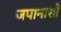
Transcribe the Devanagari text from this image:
जपानाशी